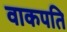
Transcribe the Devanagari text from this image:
वाकपति